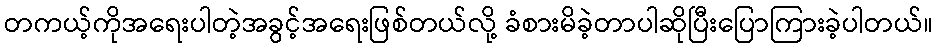
တကယ့်ကိုအရေးပါတဲ့အခွင့်အရေးဖြစ်တယ်လို့ ခံစားမိခဲ့တာပါဆိုပြီးပြောကြားခဲ့ပါတယ်။